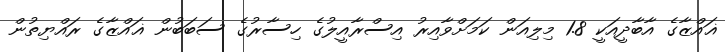
ޣައްޒާގެ އާބާދީއަކީ 1.8 މިލިއަން ކަމަށްވާއިރު އިސްރާއީލުގެ ހިސާރުގެ ސަބަބުން ޣައްޒާގެ ރައްޔިތުން